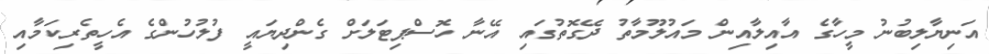
އަނިޔާލިބުނު މީހާގެ އާއިލާއިން މައުލޫމާތު ދޭގޮތުގައި އޭނާ ހޮސްޕިޓަލަށް ގެންދިޔައީ ފުލުހުންގެ އެހީތެރިކަމާއި